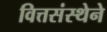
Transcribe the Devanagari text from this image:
वित्तसंस्थेने